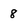
Character: 8